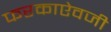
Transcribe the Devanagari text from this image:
फरकाऐवजी